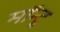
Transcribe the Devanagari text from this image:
मॉन्टू